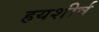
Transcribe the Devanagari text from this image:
हयशीर्ष